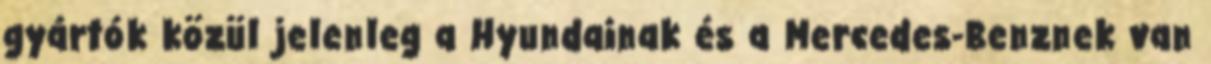
gyártók közül jelenleg a Hyundainak és a Mercedes-Benznek van